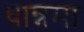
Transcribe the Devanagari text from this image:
धान्नमा